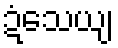
ဍံသေယျ